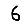
Digit: 6